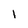
Character: I